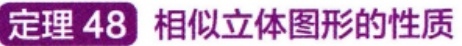
定理 48 相似立体图形的性质